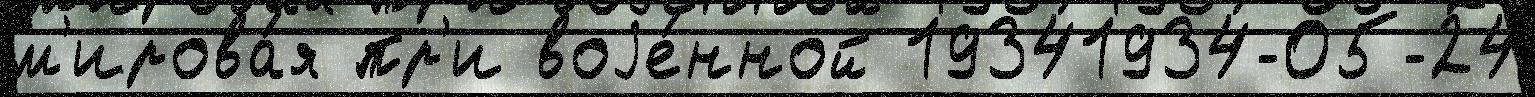
м'ирова́я пр'и воjе́нной 19341934-05-24